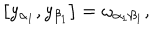
\left[ y _ { \alpha _ { 1 } } , y _ { \beta _ { 1 } } \right] = \omega _ { \alpha _ { 1 } \beta _ { 1 } } ,